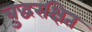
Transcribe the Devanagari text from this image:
बुद्धरक्षित